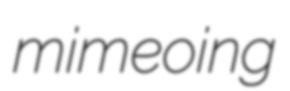
mimeoing